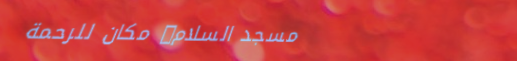
مسجد السلام: مكان للرحمة